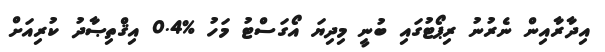
އިދާރާއިން ނެރުނު ރިޕޯޓުގައި ބުނީ މިިދިޔަ އޯގަސްޓު މަހު %0.4 އިޤްތިޞާދު ކުރިއަށް